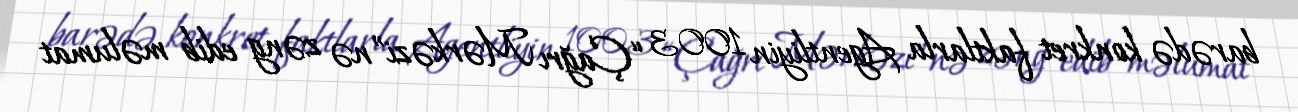
barədə konkret faktlarla Agentliyin 1003 “Çağrı Mərkəzi”nə zəng edib məlumat